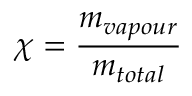
\chi = { \frac { m _ { v a p o u r } } { m _ { t o t a l } } }